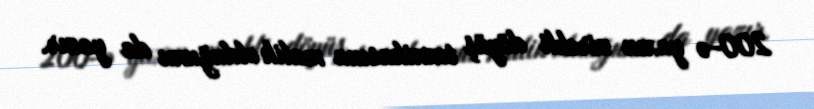
200-ə yaxın zirehli döyüş texnikasına malik olduğunu da yazır.